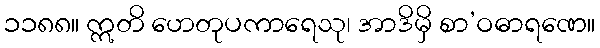
၁၁၈၈။ ဣတိ ဟေတုပကာရေသု၊ အာဒိမှိ စာ’ဝဓာရဏေ။